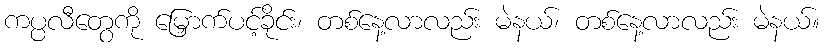
ကပ္ပလီတွေကို မြှောက်ပင့်ခိုင်း၊ တစ်နေ့လာလည်း မဲနယ်၊ တစ်နေ့လာလည်း မဲနယ်။